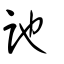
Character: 訑